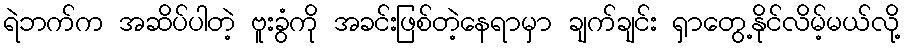
ရဲဘက်က အဆိပ်ပါတဲ့ ဗူးခွံကို အခင်းဖြစ်တဲ့နေရာမှာ ချက်ချင်း ရှာတွေ့နိုင်လိမ့်မယ်လို့